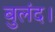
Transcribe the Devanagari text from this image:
बुलंद।